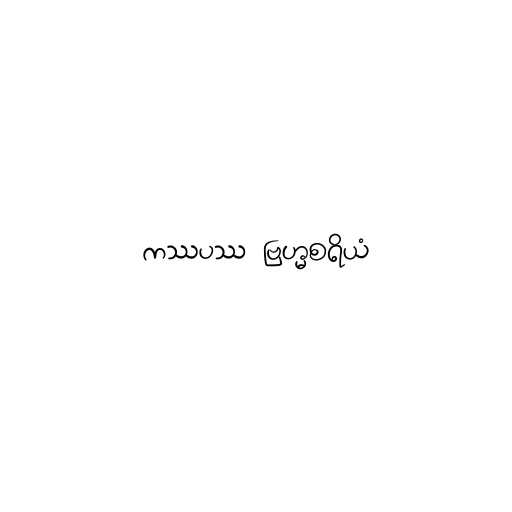
ကဿပဿ ဗြဟ္မစရိယံ